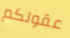
عقولكم